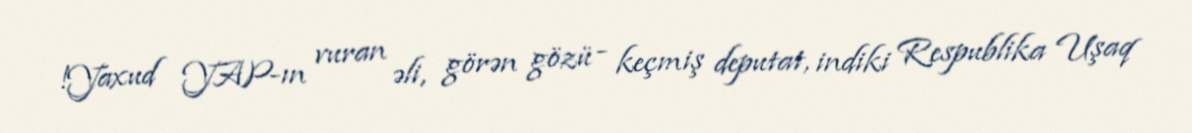
!Yaxud YAP-ın vuran əli, görən gözü - keçmiş deputat, indiki Respublika Uşaq